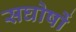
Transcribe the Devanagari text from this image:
सघोषों